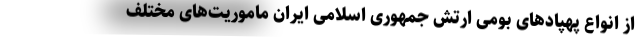
از انواع پهپادهای بومی ارتش جمهوری اسلامی ایران ماموریت‌های مختلف